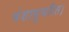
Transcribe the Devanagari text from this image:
वंशानुचरित।